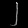
Digit: ၂